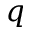
q